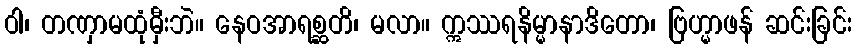
ဝါ၊ တဏှာမထုံမှီးဘဲ။ နေဝအာရစ္ဆတိ၊ မလာ။ ဣဿရနိမ္မာနာဒိတော၊ ဗြဟ္မာဖန် ဆင်းခြင်း